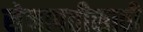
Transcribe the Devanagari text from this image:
सेनापतीसाठी